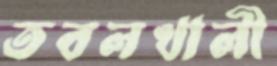
তবলখালী